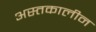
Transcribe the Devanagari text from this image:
अस्तकालीन